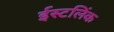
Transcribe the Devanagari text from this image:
ईस्टलिंक